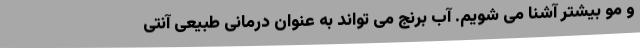
و مو بیشتر آشنا می شویم. آب برنج می تواند به عنوان درمانی طبیعی آنتی